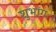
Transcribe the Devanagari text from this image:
शुभांगः